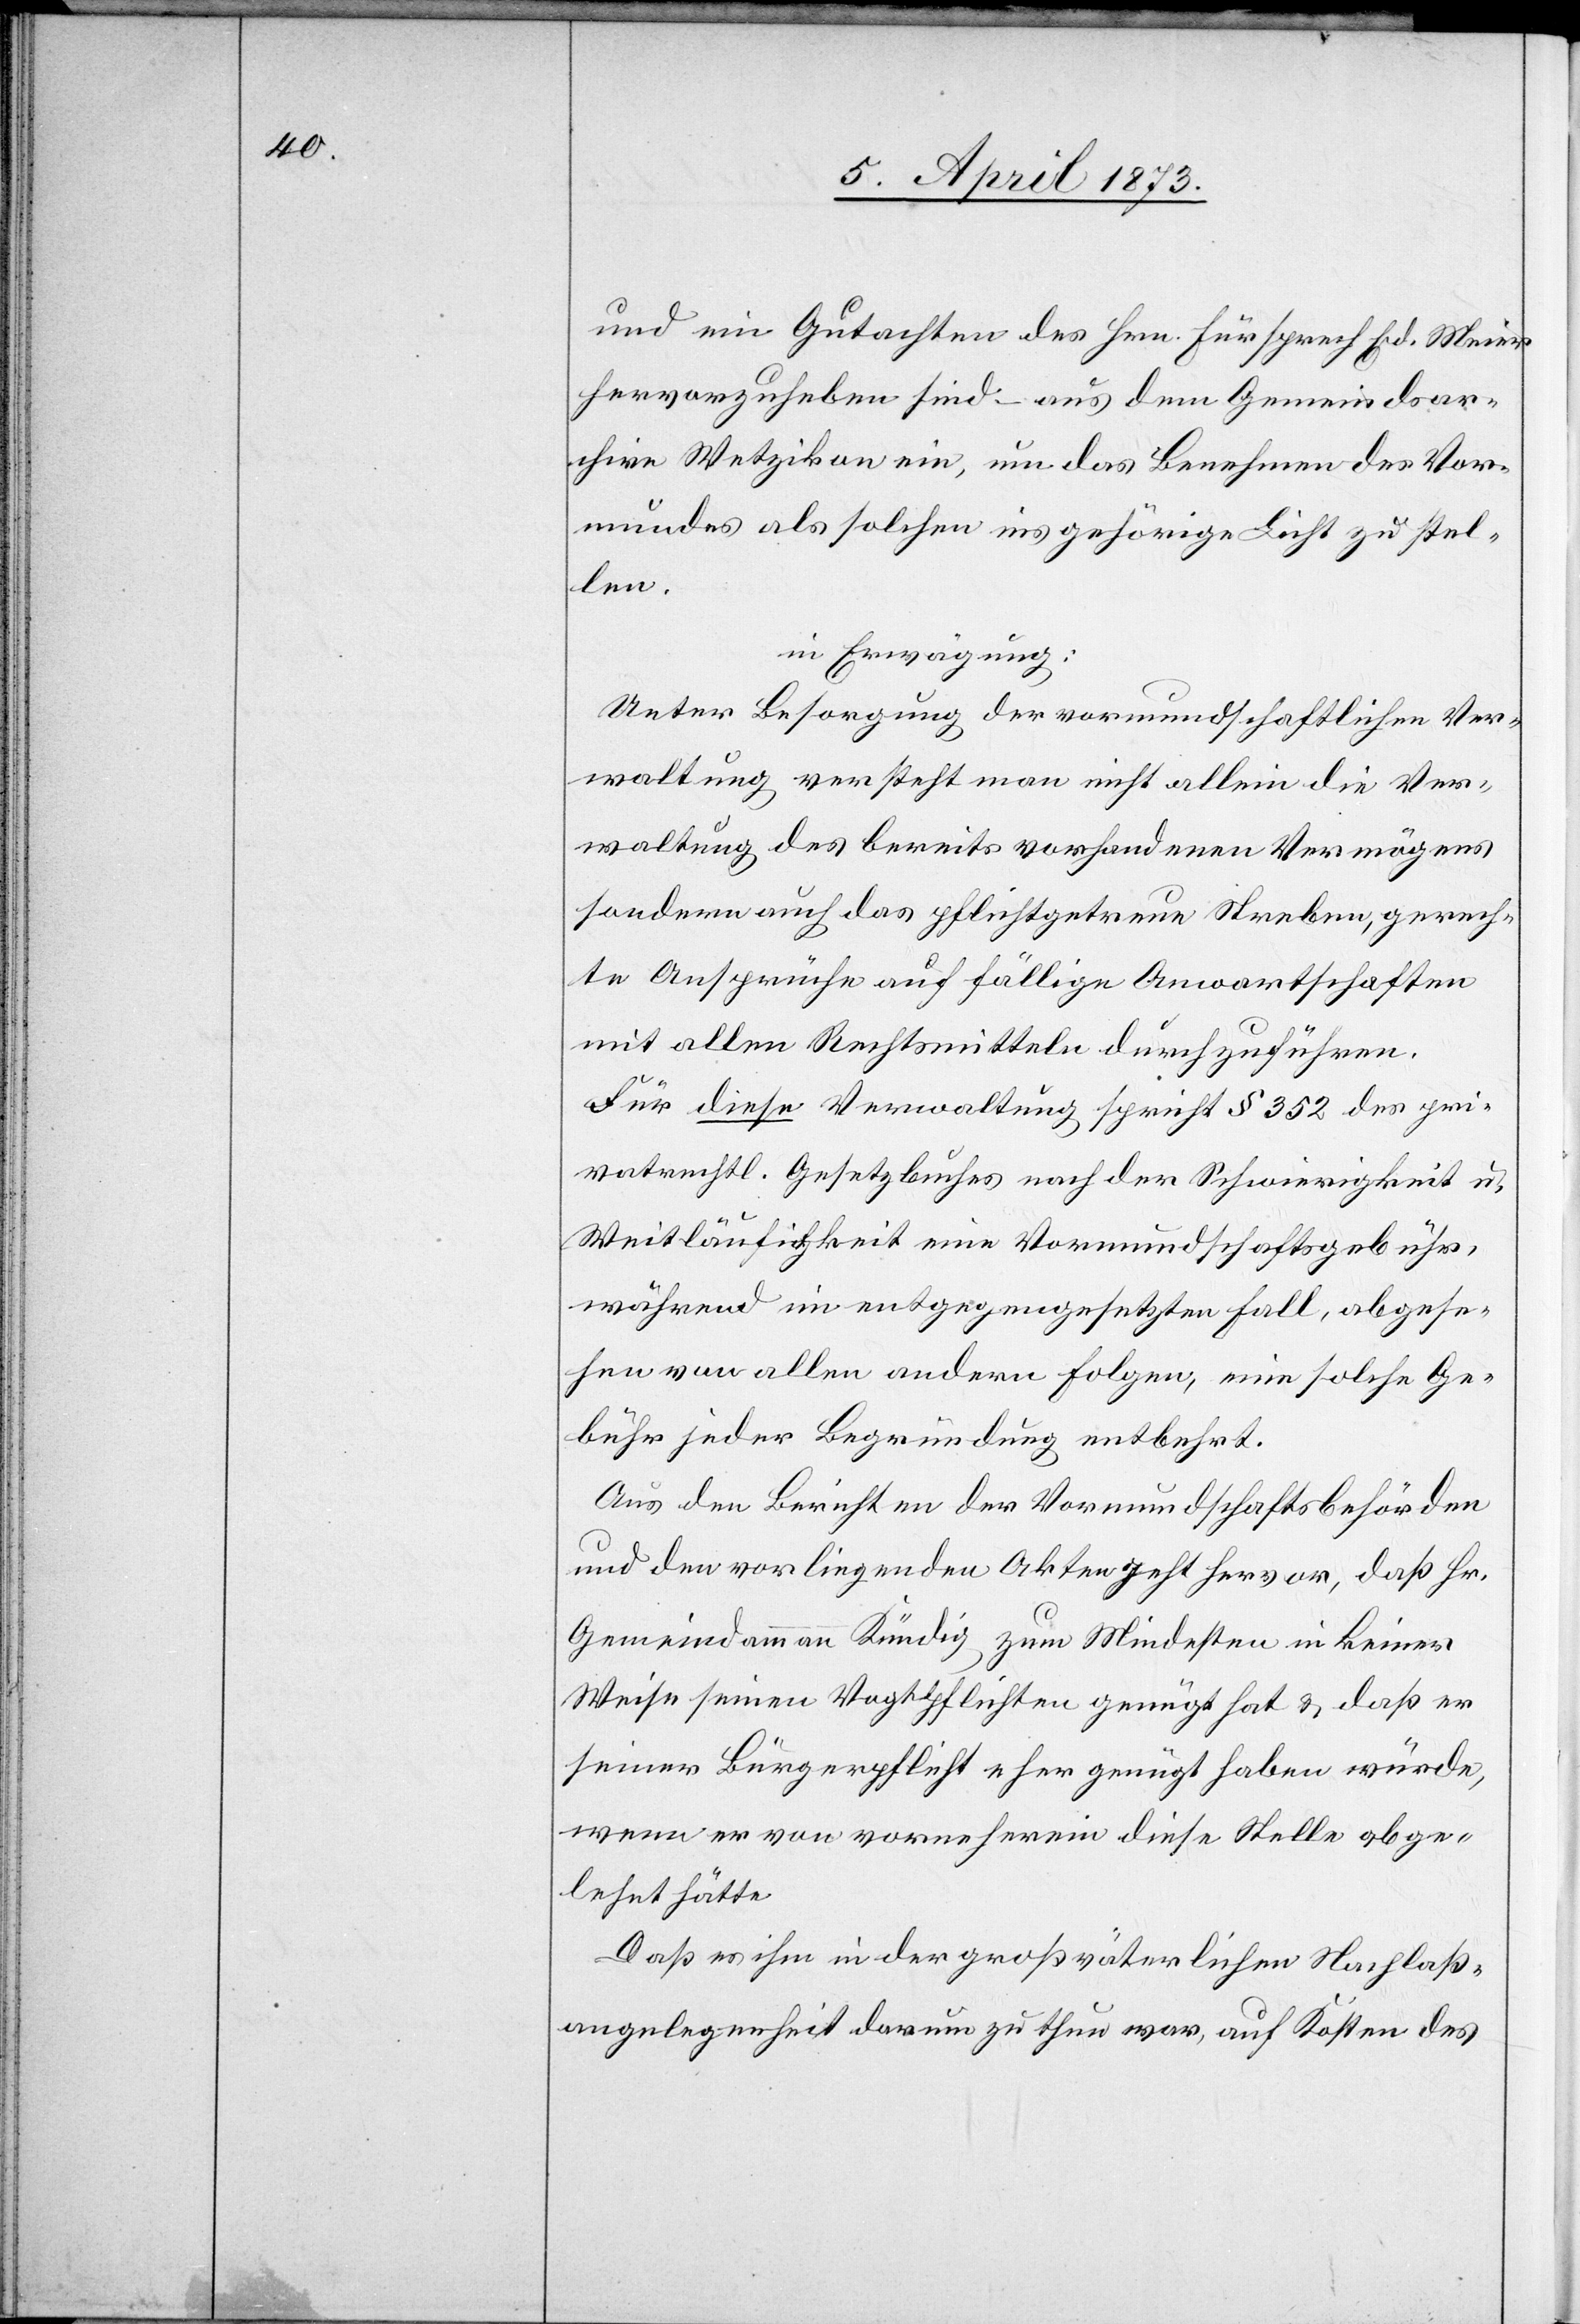
und ein Gutachten des Hrn. Fürsprech Ed. Meier
hervorzuheben sind – aus dem Gemeindsar¬
chive Wetzikon ein, um das Benehmen des Vor¬
mundes als solchen ins gehörige Licht zu stel¬
len.
in Erwägung:
Unter Besorgung der vormundschaftlichen Ver¬
waltung versteht man nicht allein die Ver¬
waltung des bereits vorhandenen Vermögens
sondern auch das pflichtgetreue Streben, gerech¬
te Ansprüche auf fällige Anwartschaften
mit allen Rechtsmitteln durchzuführen.
Für diese Verwaltung spricht § 352 des pri¬
vatrechtl. Gesetzbuches nach der Schwierigkeit u.
Weitläufigkeit eine Vormundschaftsgebühr,
während im entgegengesetzten Fall, abgese¬
hen von allen andern Folgen, eine solche Ge¬
bühr jeder Begründung entbehrt.
Aus den Berichten der Vormundschaftsbehörden
und den vorliegenden Akten geht hervor, daß Hr.
Gemeindammann Kündig zum Mindesten in keiner
Weise seinen Vogtpflichten genügt hat u. daß er
seiner Bürgerpflicht eher genügt haben würde,
wenn er von vorneherein diese Stelle abge¬
lehnt hätte.
Daß es ihm in der großväterlichen Nachlaß¬
angelegenheit darum zu thun war, auf Kosten des